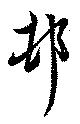
村